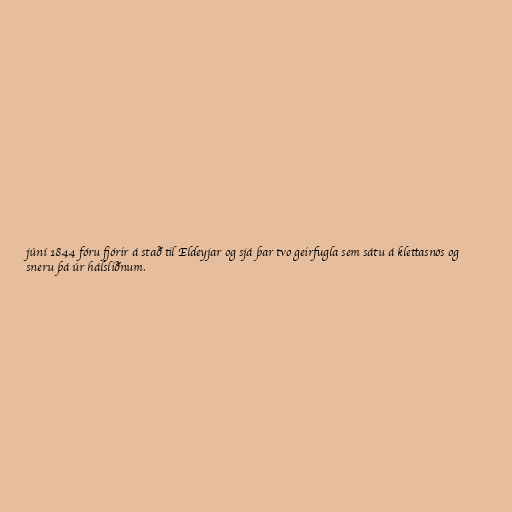
júní 1844 fóru fjórir á stað til Eldeyjar og sjá þar tvo geirfugla sem sátu á klettasnös og
sneru þá úr hálsliðnum.